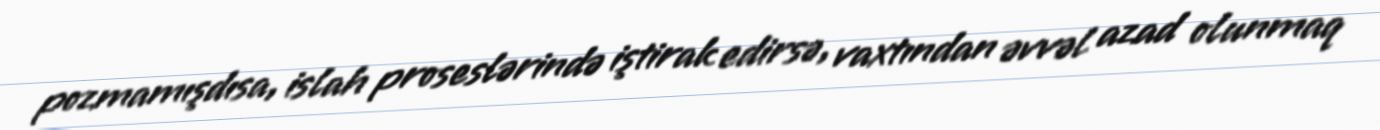
pozmamışdısa, islah proseslərində iştirak edirsə, vaxtından əvvəl azad olunmaq